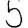
Digit: 5